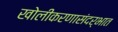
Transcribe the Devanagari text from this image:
खोलीकरणासंदर्भात